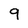
Character: 9